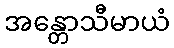
အန္တောသီမာယံ